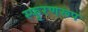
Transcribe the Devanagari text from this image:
स्फुरणरूप